Indian journal of veterinary science and animal husbandry - Volumes 18-21, 1948-1951
Year: 1948
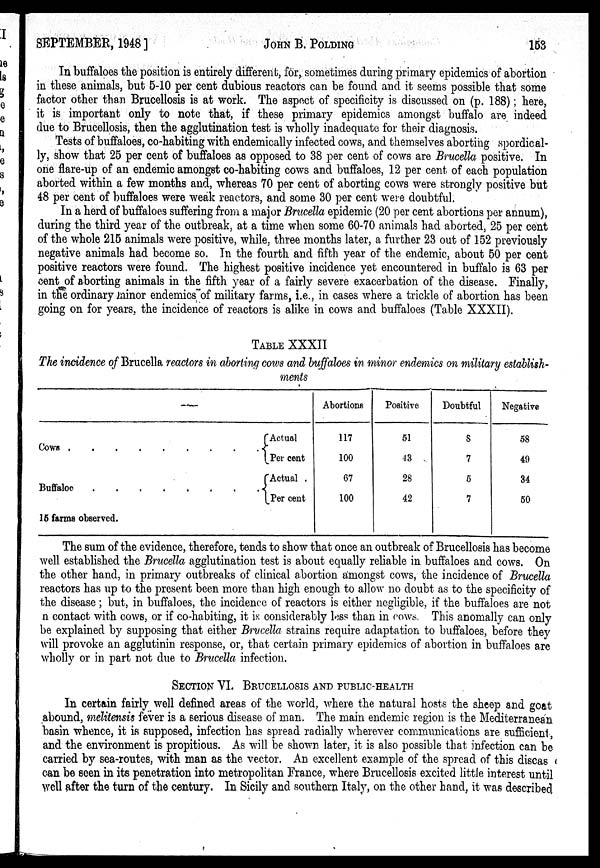
SEPTEMBER, 1948]
JOHN
B.
POLDING
153
In buffaloes the position is entirely different, for, sometimes during primary epidemics of abortion
in these animals, but 5-10 per cent dubious reactors can be found and it seems possible that some
factor other than Brucellosis is at work. The aspect of specificity is discussed on (p. 188); here,
it is important only to note that, if these primary epidemics amongst buffalo are indeed
due to Brucellosis, then the agglutination test is wholly inadequate for their diagnosis.
Tests of buffaloes, co-habiting with endemically infected cows, and themselves aborting spordical-
ly, show that 25 per cent of buffaloes as opposed to 38 per cent of cows are Brucella positive. In
one flare-up of an endemic amongst co-habiting cows and buffaloes, 12 per cent of each population
aborted within a few months and, whereas 70 per cent of aborting cows were strongly positive but
48 per cent of buffaloes were weak reactors, and some 30 per cent were doubtful.
In a herd of buffaloes suffering from a major Brucella epidemic (20 per cent abortions per annum),
during the third year of the outbreak, at a time when some 60-70 animals had aborted, 25 per cent
of the whole 215 animals were positive, while, three months later, a further 23 out of 152 previously
negative animals had become so. In the fourth and fifth year of the endemic, about 50 per cent
positive reactors were found. The highest positive incidence yet encountered in buffalo is 63 per
cent of aborting animals in the fifth year of a fairly severe exacerbation of the disease. Finally,
in the ordinary minor endemics of military farms, i.e., in cases where a trickle of abortion has been
going on for years, the incidence of reactors is alike in cows and buffaloes (Table XXXII).
TABLE XXXII
The incidence of Brucella reactors in aborting cows and buffaloes in minor endemics on military establish-
ments
—
Cows . . . . . . . .
Buffaloe . . . . . . . .
15 farms observed.
Actual
Per cent
Actual
Per cent
Abortions
117
100
67
100
Positive
51
43
28
42
Doubtful
8
7
5
7
Negative
58
49
34
50
The sum of the evidence, therefore, tends to show that once an outbreak of Brucellosis has become
well established the Brucella agglutination test is about equally reliable in buffaloes and cows. On
the other hand, in primary outbreaks of clinical abortion amongst cows, the incidence of Brucella
reactors has up to the present been more than high enough to allow no doubt as to the specificity of
the disease ; but, in buffaloes, the incidence of reactors is either negligible, if the buffaloes are not
n contact with cows, or if co-habiting, it is considerably less than in cows. This anomally can only
be explained by supposing that either Brucella strains require adaptation to buffaloes, before they
will provoke an agglutinin response, or, that certain primary epidemics of abortion in buffaloes are
wholly or in part not due to Brucella infection.
SECTION VI. BRUCELLOSIS AND PUBLIC-HEALTH
In certain fairly well defined areas of the world, where the natural hosts the sheep and goat
abound, melitensis fever is a serious disease of man. The main endemic region is the Mediterranean
basin whence, it is supposed, infection has spread radially wherever communications are sufficient,
and the environment is propitious. As will be shown later, it is also possible that infection can be
carried by sea-routes, with man as the vector. An excellent example of the spread of this discas
can be seen in its penetration into metropolitan France, where Brucellosis excited little interest until
well after the turn of the century. In Sicily and southern Italy, on the other hand, it was described